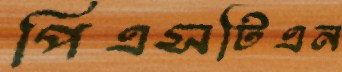
পিএসটিএন